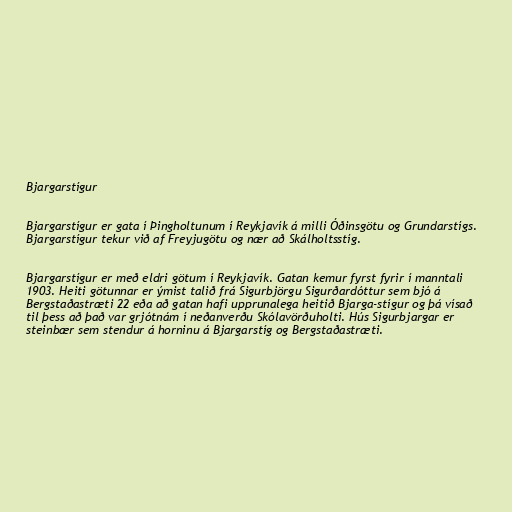
Bjargarstígur

Bjargarstígur er gata í Þingholtunum í Reykjavík á milli Óðinsgötu og Grundarstígs.
Bjargarstígur tekur við af Freyjugötu og nær að Skálholtsstíg.

Bjargarstígur er með eldri götum í Reykjavík. Gatan kemur fyrst fyrir í manntali
1903. Heiti götunnar er ýmist talið frá Sigurbjörgu Sigurðardóttur sem bjó á
Bergstaðastræti 22 eða að gatan hafi upprunalega heitið Bjarga-stígur og þá vísað
til þess að það var grjótnám í neðanverðu Skólavörðuholti. Hús Sigurbjargar er
steinbær sem stendur á horninu á Bjargarstíg og Bergstaðastræti.